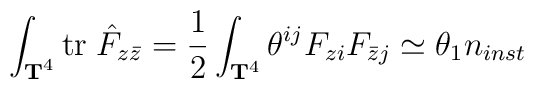
\int_{{\bf T}^4} \mbox{tr}\; \hat{F}_{z\bar{z}}={1\over 2}\int_{{\bf T}^4} \theta^{ij} F_{zi} F_{\bar{z}j}\simeq \theta_1 n_{inst}